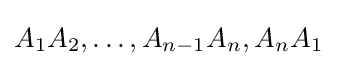
A_{1}A_{2},\ldots ,A_{n-1}A_{n},A_{n}A_{1}